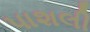
પાશલી